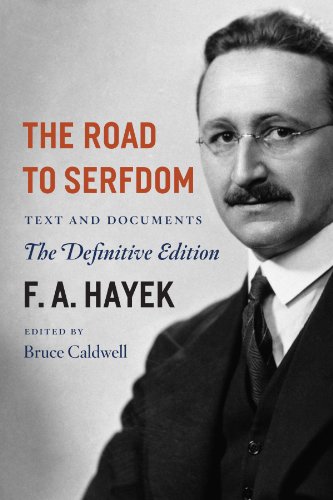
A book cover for The Road to Serfdom: Text and Documents--The Definitive Edition (The Collected Works of F. A. Hayek, Volume 2); F. A. Hayek; Business & Money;